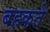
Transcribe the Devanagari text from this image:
बहकते